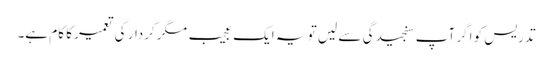
تدریس کو اگر آپ سنجیدگی سے لیں تو یہ ایک عجیب مگر کردار کی تعمیر کا کام ہے۔